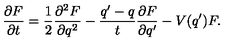
\frac { \partial F } { \partial t } = \frac { 1 } { 2 } \frac { \partial ^ { 2 } F } { \partial q ^ { 2 } } - \frac { q ^ { \prime } - q } { t } \frac { \partial F } { \partial q ^ { \prime } } - V ( q ^ { \prime } ) F .